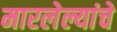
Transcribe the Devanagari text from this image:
मारलेल्यांचे